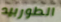
الطوربيد